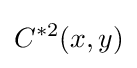
C^{*2}(x,y)